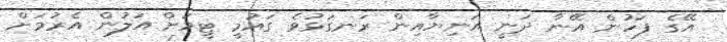
އޭގެ ފަހުން އޭނާ ދަނީ އަނިޔާއިން ރަނގަޅުވެ ގައުމީ ޓީމަށް އަލުން އެރުމަށް